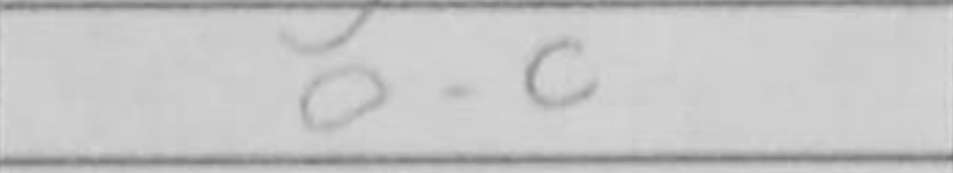
Transcription: O-O